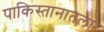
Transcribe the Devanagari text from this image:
पाकिस्तानातला